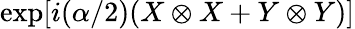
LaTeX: \exp[i(\alpha/2)(X\otimes X+Y\otimes Y)]